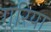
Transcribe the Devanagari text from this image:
गरिया